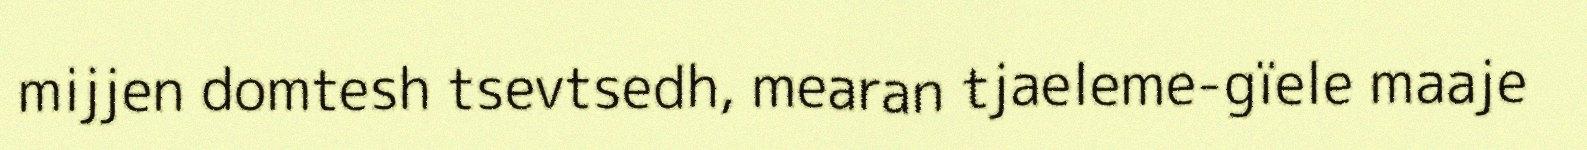
mijjen domtesh tsevtsedh, mearan tjaeleme-gïele maaje